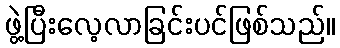
ဖွဲ့ပြီးလေ့လာခြင်းပင်ဖြစ်သည်။